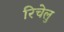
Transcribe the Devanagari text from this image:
रिचेलु